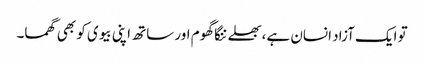
تو ایک آزاد انسان ہے،بھلے ننگا گھوم اور ساتھ اپنی بیوی کو بھی گھما۔